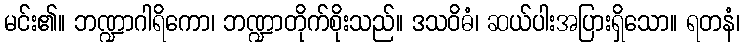
မင်း၏။ ဘဏ္ဍာဂါရိကော၊ ဘဏ္ဍာတိုက်စိုးသည်။ ဒသဝိဓံ၊ ဆယ်ပါးအပြားရှိသော။ ရတနံ၊